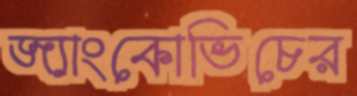
জ্যাংকোভিচের